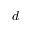
d